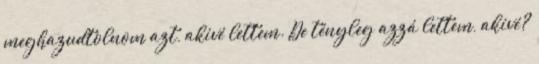
meghazudtolnom azt, akivé lettem. De tényleg azzá lettem, akivé?